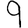
Digit: 9